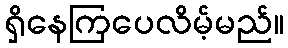
ရှိနေကြပေလိမ့်မည်။